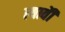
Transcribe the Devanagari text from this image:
त्यावेी